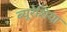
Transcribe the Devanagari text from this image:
ब्यूरेशिया